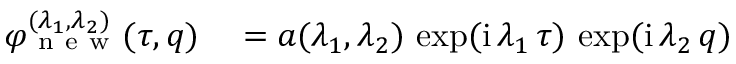
\begin{array} { r l } { \varphi _ { \mathrm { ~ n ~ e ~ w ~ } } ^ { ( \lambda _ { 1 } , \lambda _ { 2 } ) } ( \tau , q ) } & { { } = a ( \lambda _ { 1 } , \lambda _ { 2 } ) \, \exp ( \mathrm { i } \, \lambda _ { 1 } \, \tau ) \, \exp ( \mathrm { i } \, \lambda _ { 2 } \, q ) } \end{array}